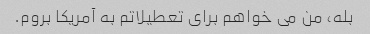
بله، من می خواهم برای تعطیلاتم به آمریکا بروم.